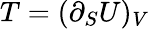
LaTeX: T=(\partial_{S}U)_{V}